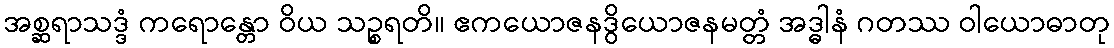
အစ္ဆရာသဒ္ဒံ ကရောန္တော ဝိယ သဉ္စရတိ။ ဧကယောဇနဒွိယောဇနမတ္တံ အဒ္ဓါနံ ဂတဿ ဝါယောဓာတု